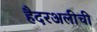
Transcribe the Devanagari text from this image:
हैदरअलीची